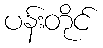
ပန်းတိုင်